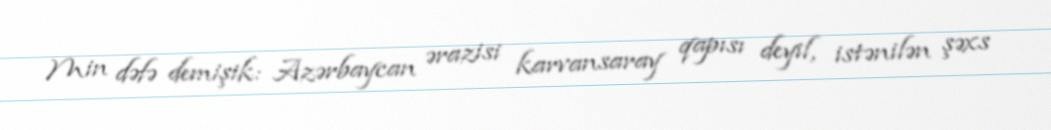
Min dəfə demişik: Azərbaycan ərazisi karvansaray qapısı deyil, istənilən şəxs